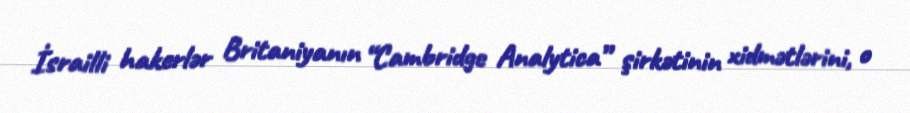
İsrailli hakerlər Britaniyanın “Cambridge Analytica” şirkətinin xidmətlərini, o